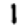
Digit: 1